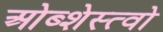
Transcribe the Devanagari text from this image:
ओब्शेस्त्वो